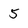
Character: 5